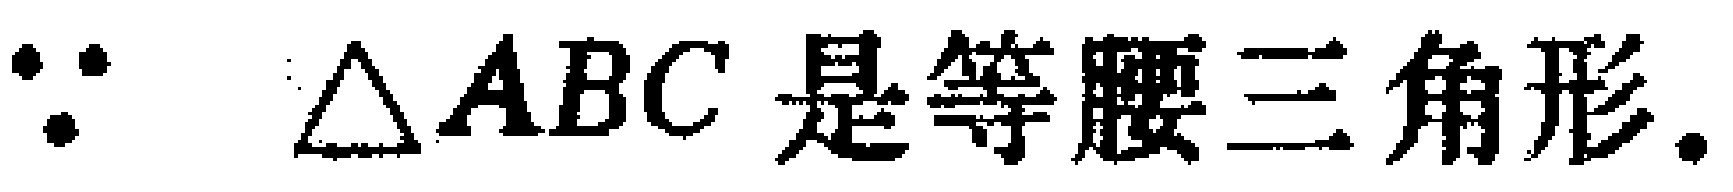
$\because \triangle ABC\text{ 是等腰三角形.}$